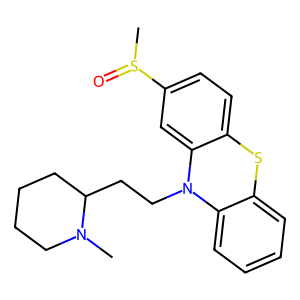
SMILES: CN1CCCCC1CCN1c2ccccc2Sc2ccc(S(C)=O)cc21
Inhibits HIV replication: Yes